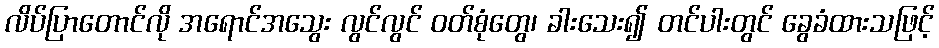
လိပ်ပြာတောင်လို အရောင်အသွေး လွင်လွင် ဝတ်စုံတွေ၊ ခါးသေး၍ တင်ပါးတွင် ခွေခံထားသဖြင့်